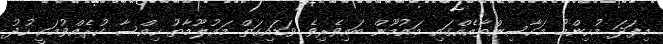
މިފަދަ މުހިންމު މަހާސިންތާއެއްގައި މައުމޫން ބައިވެރިވެ ވަޑައިގަތް މައުލޫމާތު ހިއްސާ ކުރެއްވުމަކީ ހުދު